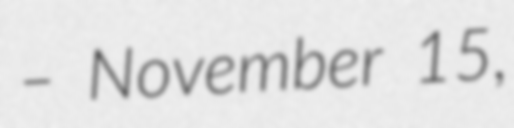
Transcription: – November 15,